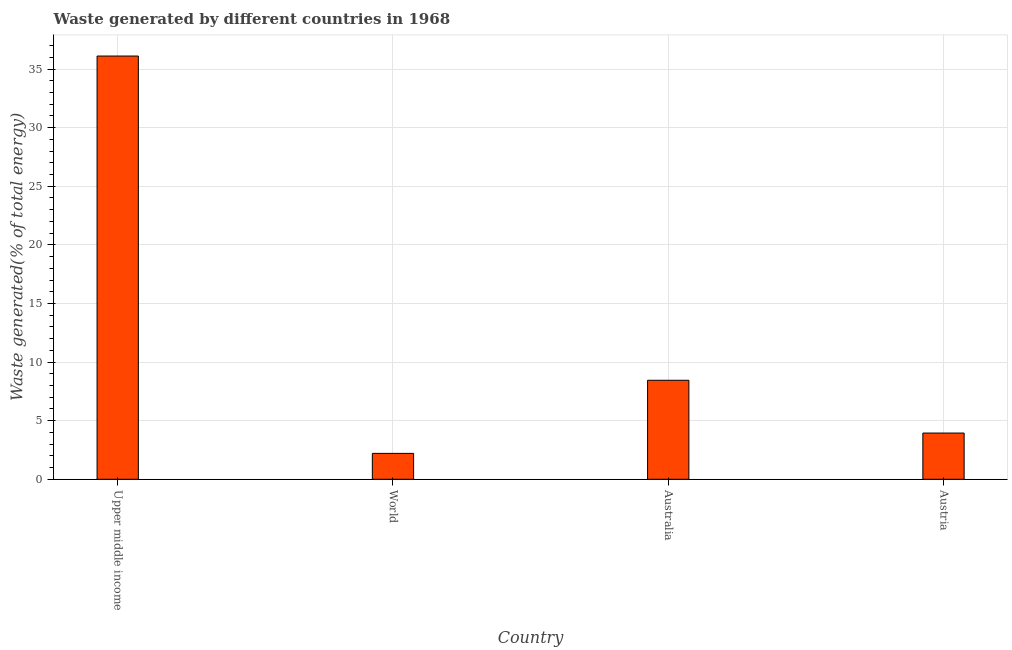
| Country | Combustible renewables and waste (% of total energy) |
 | --- | --- |
 | Upper middle income | 36.1 |
 | World | 2.21 |
 | Australia | 8.45 |
 | Austria | 3.94 |